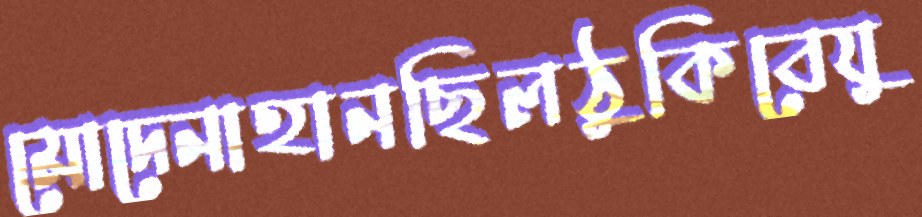
মোদেনাহানছিলঠুকিবেযু